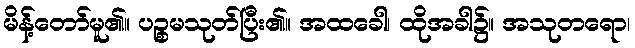
မိန့်တော်မူ၏။ ပဉ္စမသုတ်ပြီး၏။ အထခေါ၊ ထိုအခါ၌။ အသုတရော၊